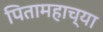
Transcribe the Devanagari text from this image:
पितामहाच्या